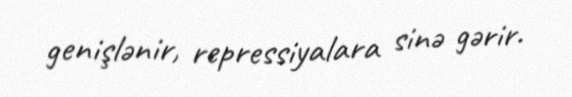
genişlənir, repressiyalara sinə gərir.